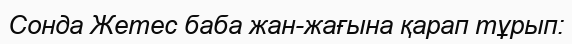
Сонда Жетес баба жан-жағына қарап тұрып: